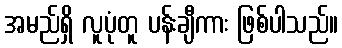
အမည်ရှိ လူပုံတူ ပန်းချီကား ဖြစ်ပါသည်။